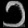
Digit: ၁